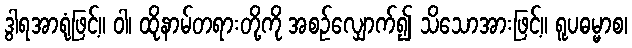
ဒွါရအာရုံဖြင့်။ ဝါ၊ ထိုနာမ်တရားတို့ကို အစဉ်လျှောက်၍ သိသောအားဖြင့်။ ရူပဓမ္မာစ၊